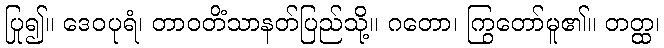
ပြု၍။ ဒေဝပုရံ၊ တာဝတိံသာနတ်ပြည်သို့။ ဂတော၊ ကြွတော်မူ၏။ တတ္ထ၊